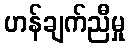
ဟန်ချက်ညီမှု